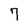
Character: 7